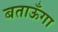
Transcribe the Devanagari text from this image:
बताऊँगा